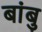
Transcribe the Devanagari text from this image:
बांबु